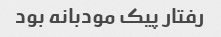
رفتار پیک مودبانه بود